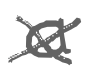
Text: a
Cross-out: cross
Writing tool: digital_gray